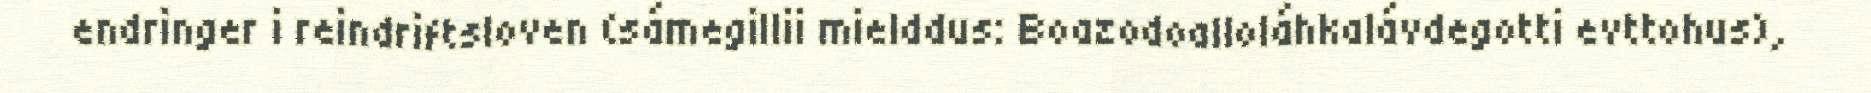
endringer i reindriftsloven (sámegillii mielddus: Boazodoalloláhkalávdegotti evttohus),